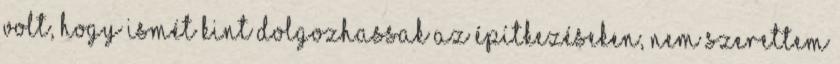
volt, hogy ismét kint dolgozhassak az építkezéseken, nem szerettem